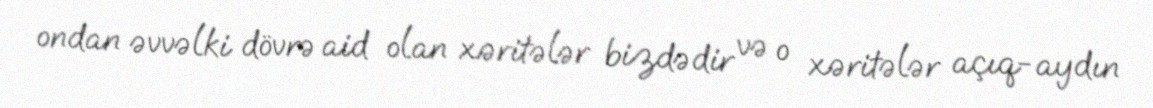
ondan əvvəlki dövrə aid olan xəritələr bizdədir və o xəritələr açıq-aydın